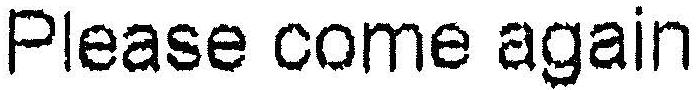
PLEASE COME AGAIN